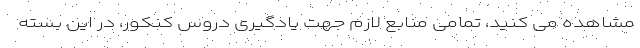
مشاهده می کنید، تمامی منابع لازم جهت یادگیری دروس کنکور، در این بسته